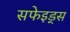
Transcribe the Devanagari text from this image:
सफेइड्स